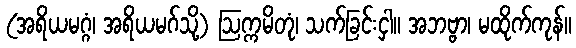
(အရိယမဂ္ဂံ၊ အရိယမဂ်သို့) ဩက္ကမိတုံ၊ သက်ခြင်းငှါ။ အဘဗ္ဗာ၊ မထိုက်ကုန်။